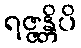
ရဇ္ဇန္တိပိ